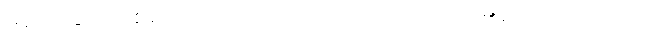
မသေခြင်းအစရှိသောအကျိုးကို။ လဘေထ၊ ရရာ၏။ တထာတထာ၊